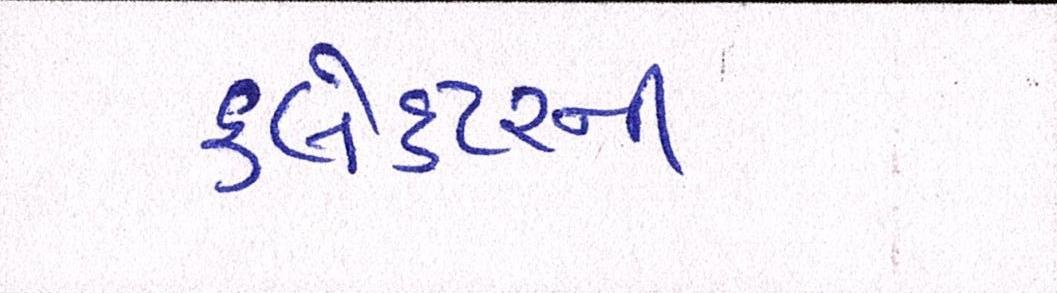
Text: કલેક્ટરની